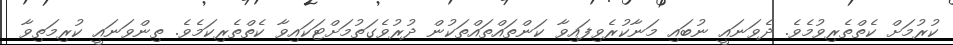
ކުރުމަށް ކެތްތެރިވުމެވެ. ދެވަނައީ ނުބައި މަނާކުރެވިފައިވާ ކަންތައްތައްތަކުން ދުރުވެގަތުމަށްޓަކައިވާ ކެތްތެރިކަމެވެ. ތިންވަނައީ ކުރިމަތިވާ